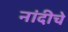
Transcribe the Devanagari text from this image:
नांदीचे